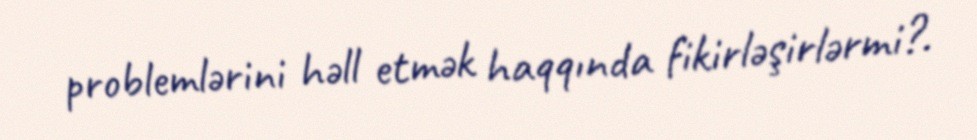
problemlərini həll etmək haqqında fikirləşirlərmi?.